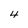
Character: 4